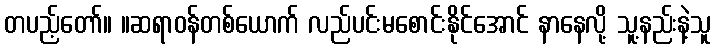
တပည့်တော်။ ။ဆရာဝန်တစ်ယောက် လည်ပင်းမစောင်းနိုင်အောင် နာနေလို့ သူ့နည်းနဲ့သူ